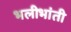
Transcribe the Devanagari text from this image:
भलीभांती